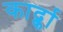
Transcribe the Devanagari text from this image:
कार्द्का